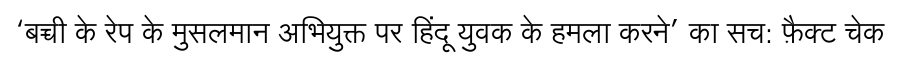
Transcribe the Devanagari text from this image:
‘बच्ची के रेप के मुसलमान अभियुक्त पर हिंदू युवक के हमला करने’ का सच: फ़ैक्ट चेक